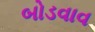
બોડવાવ